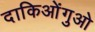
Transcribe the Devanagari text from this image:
दाकिओंगुओ